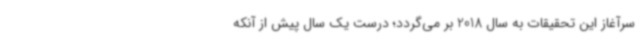
سرآغاز این تحقیقات به سال 2018 بر می‌گردد؛ درست یک سال پیش از آنکه